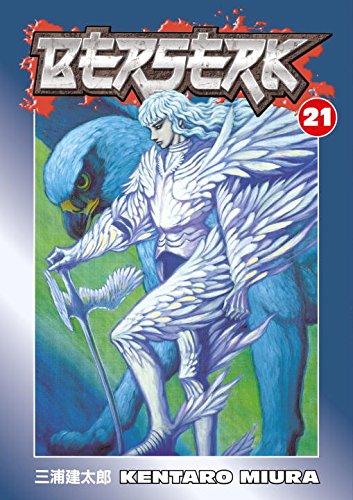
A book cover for Berserk, Vol. 21; Kentaro Miura; Comics & Graphic Novels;